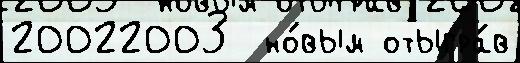
20022003  но́вым отыгра́в